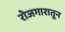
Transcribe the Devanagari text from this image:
रोजगारातून